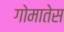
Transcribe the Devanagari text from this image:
गोमातेस